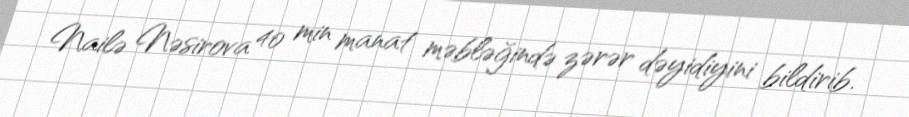
Nailə Nəsirova 40 min manat məbləğində zərər dəyidiyini bildirib.